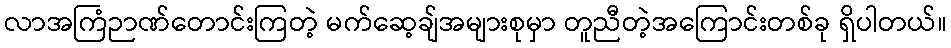
လာအကြံဉာဏ်တောင်းကြတဲ့ မက်ဆေ့ချ်အများစုမှာ တူညီတဲ့အကြောင်းတစ်ခု ရှိပါတယ်။